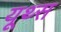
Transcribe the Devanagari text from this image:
यूथ्स